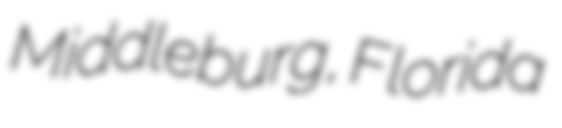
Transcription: Middleburg, Florida